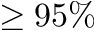
\geq 9 5 \%